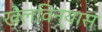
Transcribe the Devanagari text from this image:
खेलविन्यास